Civil Veterinary Dept. Bombay admin report 1900-1906 - 1900-1906
Year: 1900
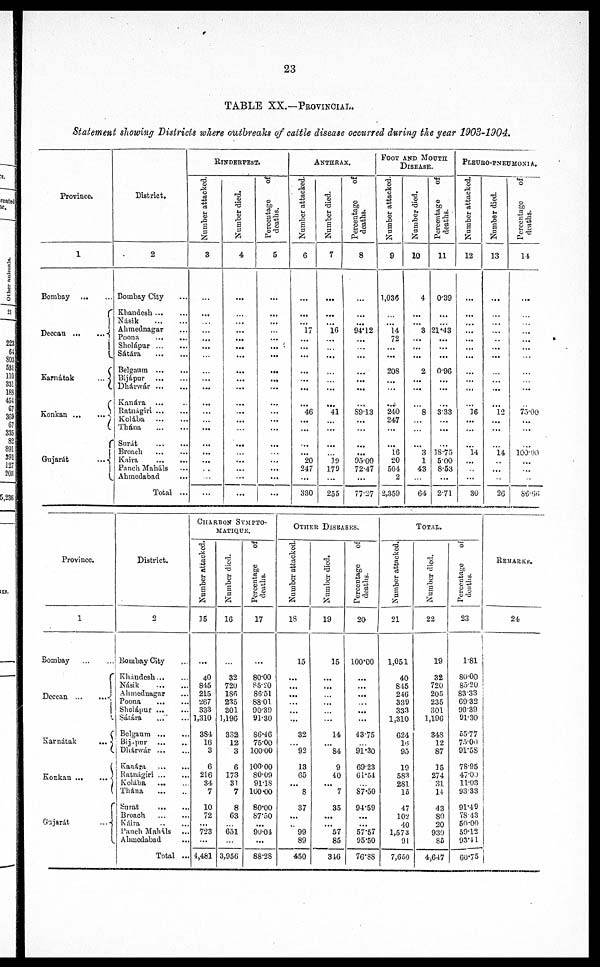
23
TABLE XX.—PROVINCIAL.
Statement showing Districts where outbreaks of cattle disease occurred during the gear 1903-1904.
Province.
1
Bombay
Deccan
...
...
Karnátak
...
Konkan
...
...
Gujarát
...
District.
2
Bombay City
Khandesh ... ...
Násik
...
...
Ahmednagar ...
Poona
...
...
Sholápur
...
...
Sátára
...
...
Belgaum
...
...
Bijápur
...
...
Dhárwár
...
...
Kanára ... ...
Ratnágiri
...
...
Kolába ... ...
Thána
...
...
Surát
...
...
Broach
...
...
Kaira
...
...
Panch Maháls ...
Ahmedabad ...
Total ...
RINDERPEST.
Number attacked.
3
...
...
...
...
... ...
...
...
...
...
...
...
... ...
...
...
...
...
...
...
Number died.
4
...
...
...
...
...
...
...
...
...
...
...
...
...
...
...
...
...
...
...
...
Percentage
of
deaths.
5
...
...
...
...
... ...
...
...
...
...
...
...
... ...
...
...
...
...
...
...
ANTHRAX.
Number attacked.
6
...
...
...
17
...
...
...
...
...
...
...
46
...
...
...
.... 20
247
...
330
Number died.
7
...
...
...
16
...
...
...
...
...
...
41
...
...
...
...
19
170
...
255
Percentage
of
deaths.
8
...
...
...
94.12
...
...
...
...
...
...
...
89.13
...
...
...
...
95.00
72.47
...
77.27
FOOT AND MOUTH
DISEAES.
Number attacked.
9
1,036
...
...
14
72
...
...
20S
...
240
247
...
...
16
20
504
2
2,359
Number died.
10
4
...
...
3
...
...
...
2
...
...
...
8
...
...
...
3
1
43
...
64
Percentage
of
deaths.
11
0.39
...
...
21.43
...
...
...
0.96
...
...
...
3.33
...
...
...
18.75
5.00
8.53
...
2.71
PLEURO-PNEUMONIA..
Number attacked.
12
...
...
...
...
...
...
...
...
...
...
16
...
...
...
14
...
...
...
30
Number died.
13
...
...
...
...
... ...
...
...
...
...
12
...
...
...
14
...
...
...
26
Percentage
of
deaths.
14
...
...
...
...
... ...
...
...
...
...
75.00
...
...
...
100.00
...
...
...
86.66
Province.
1
Bombay ... ...
Deccan
...
...
Karnátak
...
Konkan ...
Gujarát
...
District.
2
Bombay City ...
Khándesh ... ...
Násik ... ...
Ahmednagar ... ...
Poona
...
...
Sholápur ... ...
Sátára ... ...
Belgaum
...
...
Bijapur
...
...
Dhárwár ... ...
Kanára
...
...
Ratnágiri ... ...
Kolába
... ...
Thána
...
...
Surat
...
...
Broach
...
...
Káira
...
...
Panch Maháls ...
Ahmedabad ...
Total ...
CHARBON
SYMPTO-
MATIQUE.
Number attacked.
15
...
40
845
215
267
333
1,310
384
16
3
6
216
34
7
10
72
...
723
...
4,481
Number died.
16
...
32
720
186
235
301
1,196
332
12
3
6
173
31
7
8
63
...
651
...
3,956
Percentage
of
deaths.
17
...
80.00
85.20
86.51
88.01.
90.39
91.30
86.46
75.00
100.00
100.00
80.09
91.18
100.00
80.00
87.50
...
90.04
...
88.28
OTHER
DISEASES.
Number attacked.
18
15
...
...
...
...
......
...
32
... 92
13
65
...
8
37
...
...
99
89
450
Number died.
19
15
...
...
...
...
...
...
14
...
84
9
40
... 7
35
...
... 57
85
316
Percentage
of
deaths.
20
100.00
...
...
...
... ...
...
43.75
... 91.30
69.23
61.54
... 87.50
94.59
...
...
57.57
95.50
76.88
TOTAL.
Number attacked.
21
1,051
40
845
246
339
333
1,310
624
14
95
19
583
281
15
47
102
40
1,573
91
7,650
Number died.
22
19
32
720
205
235
301
1,196
34S
12
87
15
274
31
14
43
80
20
930
85
4,647
Percentage
of
deaths.
23
1.81
80.00
85.20
83.33
69.32
90.39
91.30
55.77
75.00
91.58
78-95
47.00
11.03
93.33
91.49
78.43
50.00
59.12
93.41
60.75
REMARKS.
24